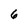
Character: 6